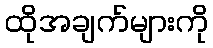
ထိုအချက်များကို